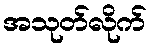
အသုတ်လိုက်